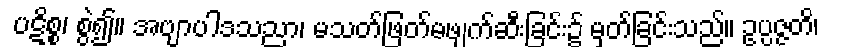
ပဋိစ္စ၊ စွဲ၍။ အဗျာပါဒသညာ၊ မသတ်ဖြတ်မဖျက်ဆီးခြင်း၌ မှတ်ခြင်းသည်။ ဥပ္ပဇ္ဇတိ၊